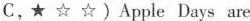
C,★ ☆ ☆)Apple Days are